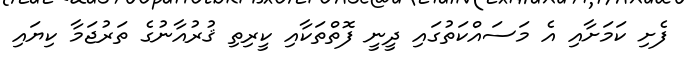
ފެށި ކަމަށާއި އެ މަސައްކަތުގައި ދީނީ ފޮތްތަކާއި ކީރިތި ޤުރުއާނުގެ ތަރުޖަމާ ކިޔައި